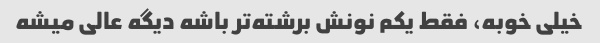
خیلی خوبه، فقط یکم نونش برشته‌تر باشه دیگه عالی میشه